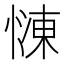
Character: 𢟞